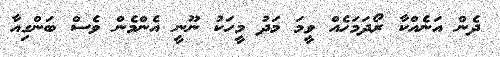
ދެން އަނެއްކާ ރޯދަމަހެއް ވީމަ މަދު މީހަކު ނޫނީ އެންމެން ވެސް ބަންގިއާ